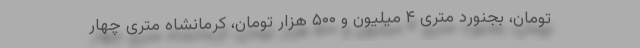
تومان، بجنورد متری ۴ میلیون و ۵۰۰ هزار تومان، کرمانشاه متری چهار